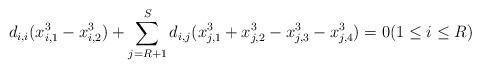
LaTeX: \begin{align*} d_{i,i}(x_{i,1}^3 - x_{i,2}^3) + \sum_{j=R+1}^S d_{i,j}(x_{j,1}^3+x_{j,2}^3-x_{j,3}^3-x_{j,4}^3) = 0 (1 \le i \le R) \end{align*}